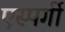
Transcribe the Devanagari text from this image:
एस्पर्गी